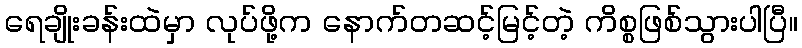
ရေချိုးခန်းထဲမှာ လုပ်ဖို့က နောက်တဆင့်မြင့်တဲ့ ကိစ္စဖြစ်သွားပါပြီ။